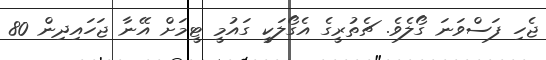
ޖެހި ފަސްވަނަ ގޯލެވެ. ޗެތުރީގެ އެގޯލަކީ ގައުމީ ޓީމަށް އޭނާ ޖަހައިދިން 80